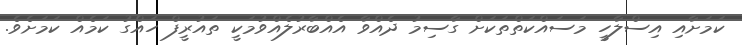
ކަމަށާއި އިސްލާހީ މަސައްކަތްތަކަށް ގާސިމު ދެއްވާ އެއްބާރުލެއްވުމަކީ ތައުރީފް ހައްގު ކަމެއް ކަމަށެވެ.